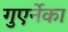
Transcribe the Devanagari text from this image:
गुएर्नेका